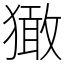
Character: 㺖